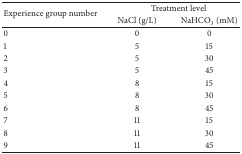
<table><thead><tr><td rowspan="2"><b>Experience group number</b></td><td colspan="2"><b>Treatment level</b></td></tr><tr><td><b>NaCl (g/L)</b></td><td><b>NaHCO<sub>3</sub> (mM)</b></td></tr></thead><tbody><tr><td>0</td><td>0</td><td>0</td></tr><tr><td>1</td><td>5</td><td>15</td></tr><tr><td>2</td><td>5</td><td>30</td></tr><tr><td>3</td><td>5</td><td>45</td></tr><tr><td>4</td><td>8</td><td>15</td></tr><tr><td>5</td><td>8</td><td>30</td></tr><tr><td>6</td><td>8</td><td>45</td></tr><tr><td>7</td><td>11</td><td>15</td></tr><tr><td>8</td><td>11</td><td>30</td></tr><tr><td>9</td><td>11</td><td>45</td></tr></tbody></table>